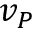
v _ { P }